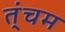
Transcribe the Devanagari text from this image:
त्ंचम